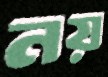
নয়